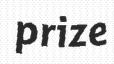
prize